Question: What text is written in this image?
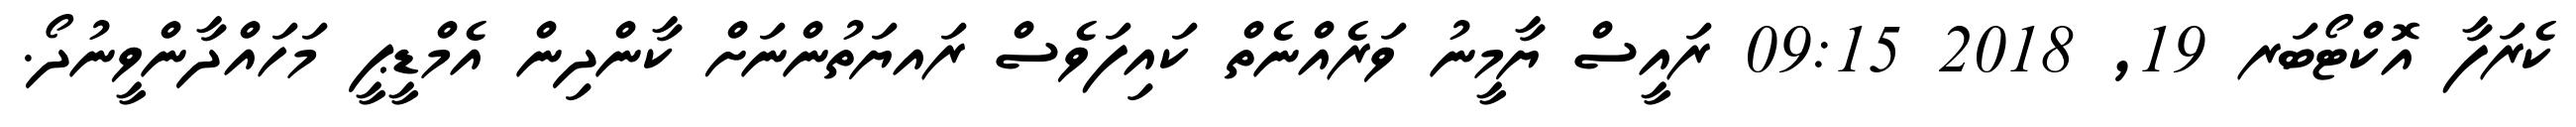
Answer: ކެރަފާ އޮކްޓޯބަރ 19, 2018 09:15 ރައީސް ޔާމީނު ވަރެއްނެތް ކައިފަވެސް ރައޔަތުންނަށް ކާންދިން އެމްޑީޕީ މަހައްދާންވީނުދޯ.